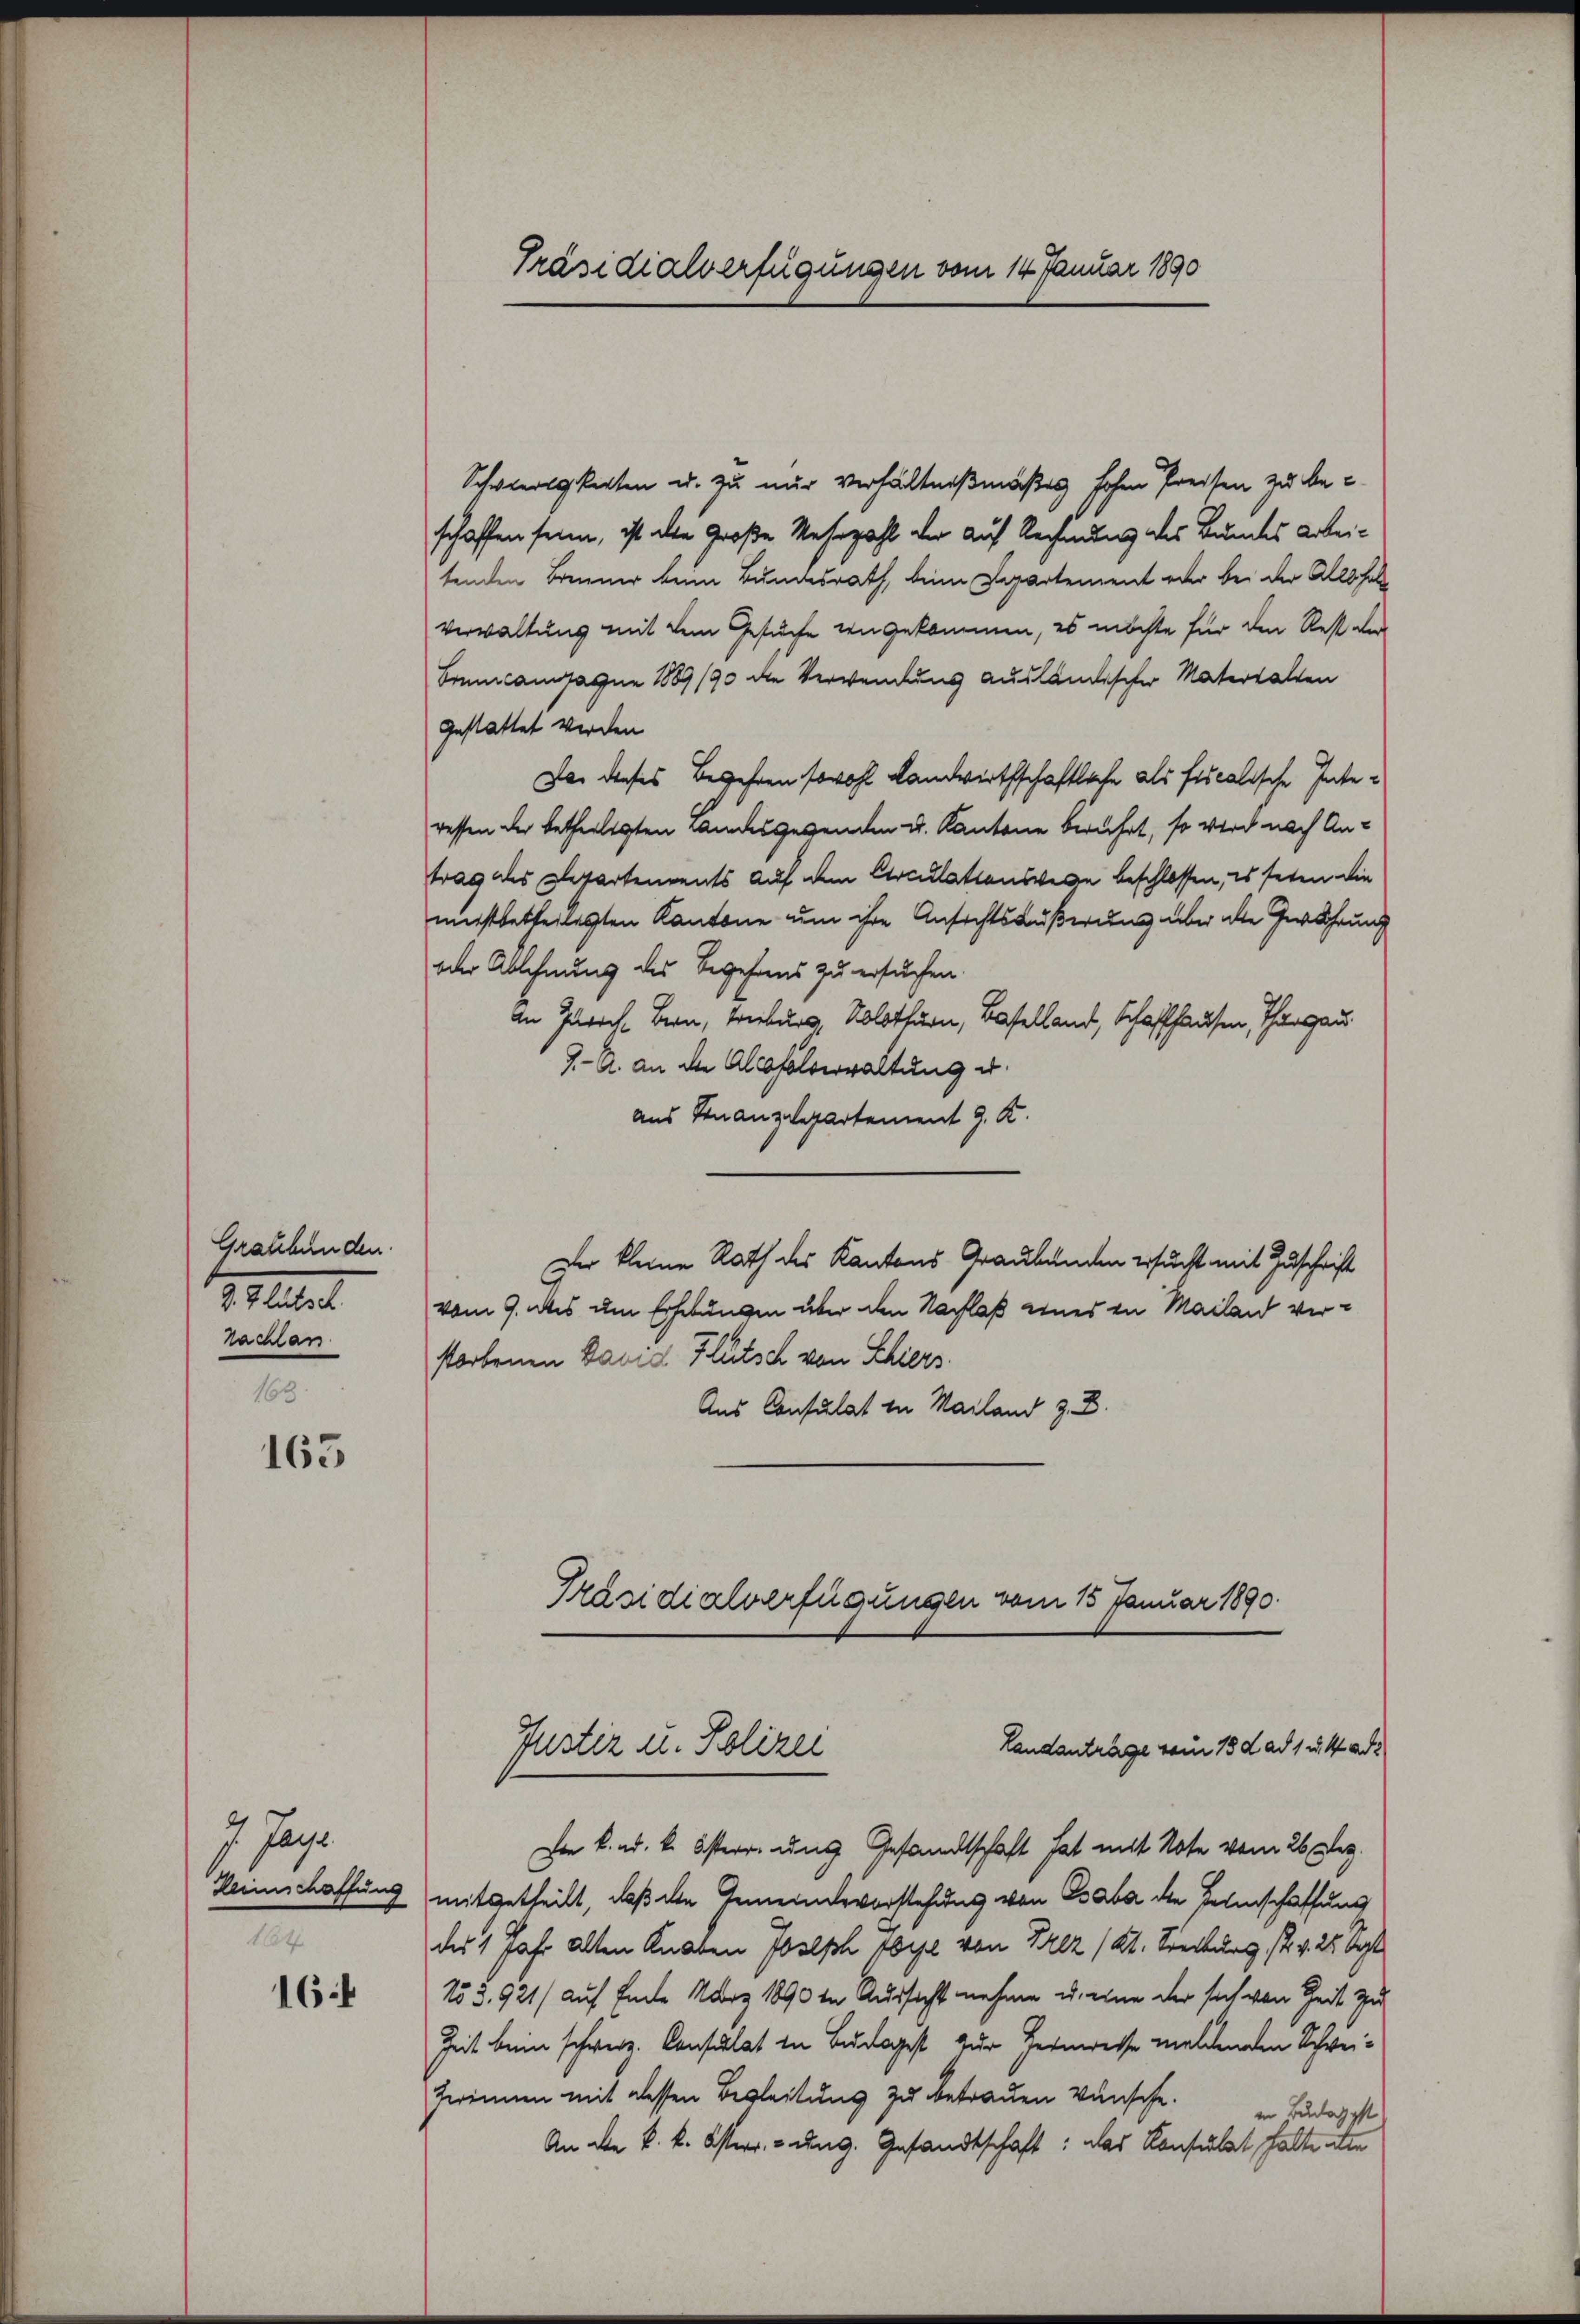
Gratsbunden.
d. I litsch
Nachlan

165

7 Jahr
Heimschaffung
164

16

Schwierigkeiten u. zu nur verhältnißmäßes hohen Preisen zu be-
schaffen sein, ist die Große Mehrzahl der auf Rechnung des Bundes Arbeitenden Brenner keine Bundesrath, beim Departement oder bei der Allshal
verwaltung mit dem Gesuche angekommen, es möchte für den Rest der
Bruucampagne 1889/90 die Verwendung ausländischer Materhalten
gestattet werden
Das dieses Begehren sowohl Landwirthschaftliche als fiscalische Interessen der betheiligten Windesgegenden u. Kantone berührt, so wird nach Antrag des Departements auf dem Circulationswege beschlossen, es seien die
meistbetheilegten Kantone um ihre Ansichtsäußerung über alle Gewährung
oder Ablehnung des Begehens zu ersuchen.
An Zürich Bern, Fribourg, Solothurn, Baselland, Schaffhausen, Thurgau.
9.- A. an die Alsofalverwaltung u.
aus Finanzdepartement J. K.
Der kleine Rath des Kantons Graubünden ersucht mit Zuschrift
vom 9. ds um Erhebungen über den Nachlaß eines in Mailand verstorbenen David Flutsch von Schiers.
Aus Consulat in Mailand z. B.

Präsidialverfügungen vom 14. Januar 1890

Präsidialverfügungen vom 15 Januar 1890.
Landantrage vom 18 d ad 1 u. k. ad
Justiz u. Polizei

Der k. ad. k. österr. und Gesandtschaft hat mit Note vom 26. Dez.
mitgetheilt, daß die Gemeindevorstehung von Gabe die Felinschaffung
des 1 Jahr alten Knaben Joseph Wie von Prez /Kt. Streckung s. v. 28 Sept
No 3. 921/ auf Ende März 1890 in Aussicht nehme u. eine der sich von Zeit zu
Zeit beim schweiz. Consulat in Budapest zur Heimweise meldenden Schwei¬
Zwrennen mit dessen Begleitung zu betrauen Wünsche.
in Budapest
An die k. k. Osterr. ung. Gesandtschaft: das Konsulat halte die